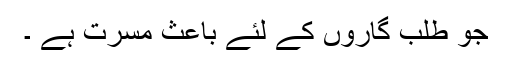
جو طلب گاروں کے لئے باعث مسرت ہے ۔